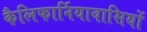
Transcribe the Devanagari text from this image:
कैलिफार्नियावासियों